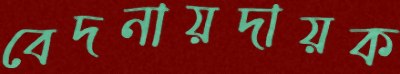
বেদনায়দায়ক